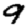
Digit: 9